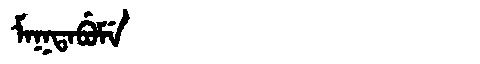
Manchu: ᠮᠠᡴᡨᠠᠪᡠᠮᡝ
Romanization: MAKTABUME